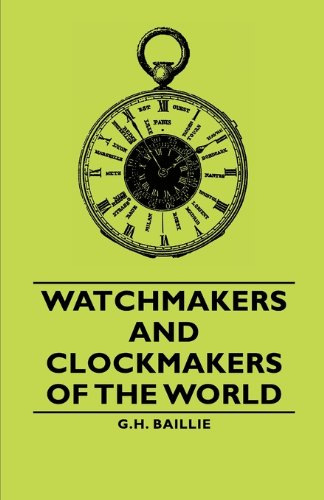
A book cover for Watchmakers and Clockmakers of the World; G. H. Baillie; Crafts, Hobbies & Home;